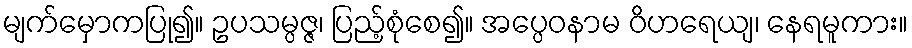
မျက်မှောကပြု၍။ ဥပသမ္ပဇ္ဇ၊ ပြည့်စုံစေ၍။ အပ္ပေဝနာမ ဝိဟရေယျ၊ နေရမူကား။